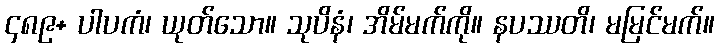
၄၈၉+ ပါပကံ၊ ယုတ်သော။ သုပိနံ၊ အိမ်မက်ကို။ နပဿတိ၊ မမြင်မက်။